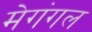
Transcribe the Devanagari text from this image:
मेगंगल